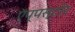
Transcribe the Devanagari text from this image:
ऍप्पस्टोर